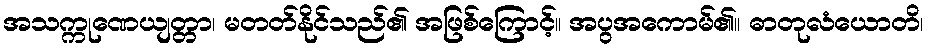
အသက္ကုဏေယျတ္တာ၊ မတတ်နိုင်သည်၏ အဖြစ်ကြောင့်။ အပွအကောမ်၏။ ဓာတုလံယောတိ၊